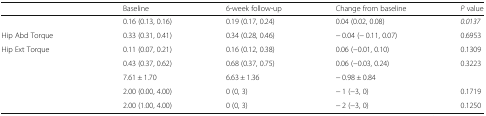
<table><thead><tr><td>[EMPTY_CELL]</td><td><b>Baseline</b></td><td><b>6-week follow-up</b></td><td><b>Change from baseline</b></td><td><b><i>P</i> value</b></td></tr></thead><tbody><tr><td>[EMPTY_CELL]</td><td>0.16 (0.13, 0.16)</td><td>0.19 (0.17, 0.24)</td><td>0.04 (0.02, 0.08)</td><td><i>0.0137</i></td></tr><tr><td>Hip Abd Torque</td><td>0.33 (0.31, 0.41)</td><td>0.34 (0.28, 0.46)</td><td>− 0.04 (− 0.11, 0.07)</td><td>0.6953</td></tr><tr><td>Hip Ext Torque</td><td>0.11 (0.07, 0.21)</td><td>0.16 (0.12, 0.38)</td><td>0.06 (−0.01, 0.10)</td><td>0.1309</td></tr><tr><td>[EMPTY_CELL]</td><td>0.43 (0.37, 0.62)</td><td>0.68 (0.37, 0.75)</td><td>0.06 (−0.03, 0.24)</td><td>0.3223</td></tr><tr><td>[EMPTY_CELL]</td><td>7.61 ± 1.70</td><td>6.63 ± 1.36</td><td>− 0.98 ± 0.84</td><td>[EMPTY_CELL]</td></tr><tr><td>[EMPTY_CELL]</td><td>2.00 (0.00, 4.00)</td><td>0 (0, 3)</td><td>− 1 (−3, 0)</td><td>0.1719</td></tr><tr><td>[EMPTY_CELL]</td><td>2.00 (1.00, 4.00)</td><td>0 (0, 3)</td><td>− 2 (−3, 0)</td><td>0.1250</td></tr></tbody></table>